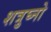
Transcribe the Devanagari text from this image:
शत्रुघ्नो